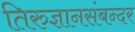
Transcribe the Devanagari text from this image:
तिरुज्ञानसंबन्दर